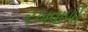
રખવાળી